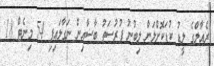
ރެއާލްގެ ލީޑު ކުޑަކޮށްލަން ލިބުނު ފުރުސަތު ބާސާއިން ނަގާލައިފި 54 މިނެޓް 18